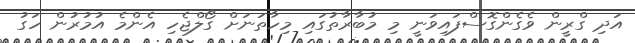
އަދި ގްރީން ވެގެންގޮސްފައިވަނީ މި މުބާރާތުގައި މިހާތަނަށް ގޯލްޖެހި އެންމެ އުމުރުން ހަގު